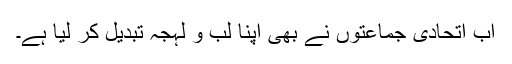
اب اتحادی جماعتوں نے بھی اپنا لب و لہجہ تبدیل کر لیا ہے۔